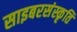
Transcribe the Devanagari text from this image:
साइबरसंस्कृति